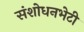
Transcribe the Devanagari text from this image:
संशोधनभेटी